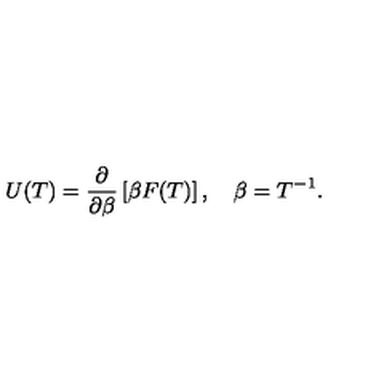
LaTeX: U ( T ) = \frac { \partial } { \partial \beta } \left[ \beta F ( T ) \right] , \quad \beta = T ^ { - 1 } { . }